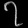
Digit: ၇